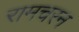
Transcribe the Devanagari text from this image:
रामचरन